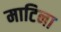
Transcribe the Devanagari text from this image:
माटिना